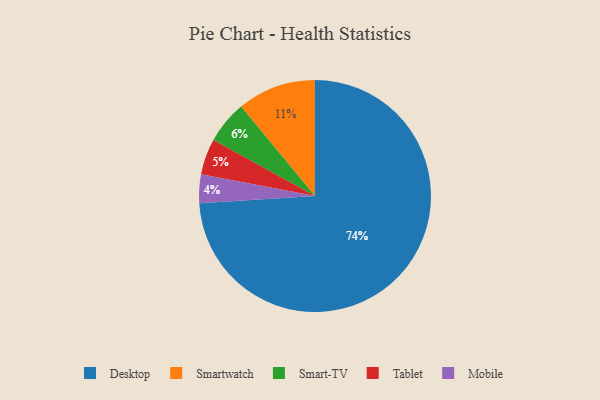
{"axis": {"x": "Category", "y": "Percentage"}, "legend": ["Desktop", "Mobile", "Smart-TV", "Smartwatch", "Tablet"], "data": [{"x": "Tablet", "y": 5, "type": "Tablet"}, {"x": "Smartwatch", "y": 11, "type": "Smartwatch"}, {"x": "Desktop", "y": 74, "type": "Desktop"}, {"x": "Mobile", "y": 4, "type": "Mobile"}, {"x": "Smart-TV", "y": 6, "type": "Smart-TV"}]}